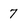
Character: 7